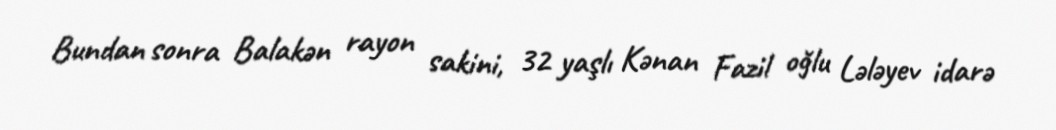
Bundan sonra Balakən rayon sakini, 32 yaşlı Kənan Fazil oğlu Lələyev idarə